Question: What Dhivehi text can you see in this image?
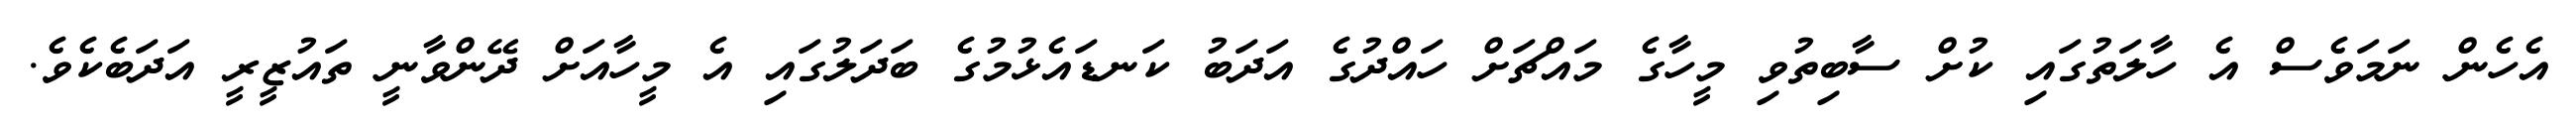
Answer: އެހެން ނަމަވެސް އެ ހާލަތުގައި ކުށް ސާބިތުވި މީހާގެ މައްޗަށް ހައްދުގެ އަދަބު ކަނޑައެޅުމުގެ ބަދަލުގައި އެ މީހާއަށް ދޭންވާނީ ތައުޒީރީ އަދަބެކެވެ.